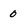
Character: 0